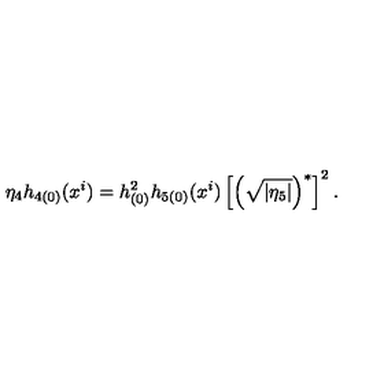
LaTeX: \eta _ { 4 } h _ { 4 ( 0 ) } ( x ^ { i } ) = h _ { ( 0 ) } ^ { 2 } h _ { 5 ( 0 ) } ( x ^ { i } ) \left[ \left( \sqrt { | \eta _ { 5 } | } \right) ^ { \ast } \right] ^ { 2 } .